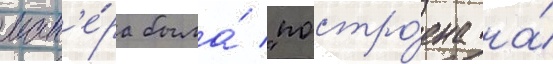
ман'е́ра была́ "постро́ена на́